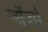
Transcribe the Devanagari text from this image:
जाॅर्ज्स